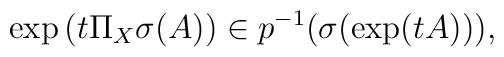
\exp\left(t\Pi_X\sigma(A)\right)\in p^{-1}(\sigma(\exp(tA))),